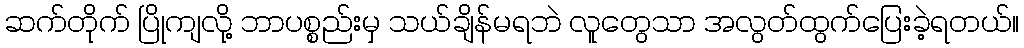
ဆက်တိုက် ပြိုကျလို့ ဘာပစ္စည်းမှ သယ်ချိန်မရဘဲ လူတွေသာ အလွတ်ထွက်ပြေးခဲ့ရတယ်။